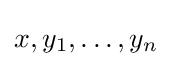
x,y_{1},\ldots ,y_{n}